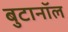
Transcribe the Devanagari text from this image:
बुटानॉल